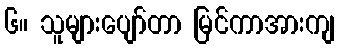
၆။ သူများပျော်တာ မြင်ကာအားကျ